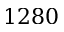
1 2 8 0